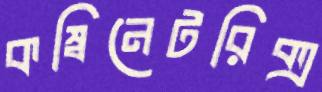
কম্বিনেটরিক্স